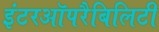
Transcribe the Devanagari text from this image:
इंटरऑपरैबिलिटी